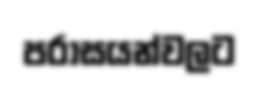
පරාසයන්වලට